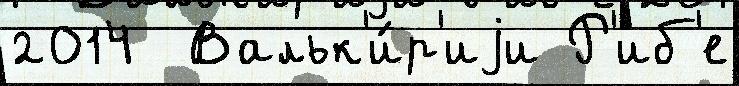
2014  Вальк'и́р'иjи Р'иб'е